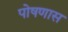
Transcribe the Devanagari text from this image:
पोषणास